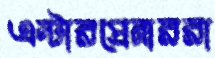
এন্টারপ্রেনাররা